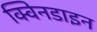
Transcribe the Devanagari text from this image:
क्विनडाइन